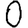
Digit: 0